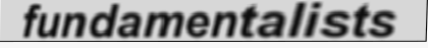
fundamentalists